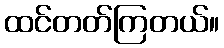
ထင်တတ်ကြတယ်။